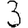
Digit: 3